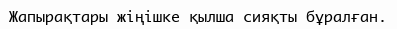
Жапырақтары жіңішке қылша сияқты бұралған.